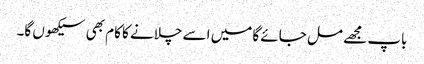
باپ مجھے مل جائے گا میں اسے چلانے کا کام بھی سیکھوں گا۔